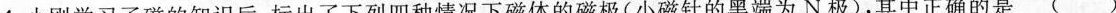
4.小刚学习了磁的知识后，标出了下列四种情况下磁体的磁极(小磁针的黑端为N极)，其中正确的是 ( )